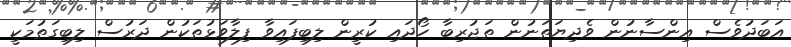
އަބަދުވެސް އިންސާނުން ވެދިޔަތަނުން ތަޖުރިބާ ހޯދައި ކުރީން ލިބިފައިވާ ފިލާވަޅުތަކުން ދަރުސް ލިބިގަތުމަކީ